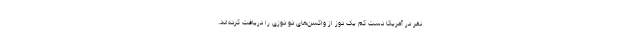
نفر در آمریکا دست کم یک دوز از واکسن‌های دو دوزی را دریافت کرده‌اند.